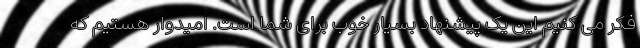
فکر می کنیم این یک پیشنهاد بسیار خوب برای شما است. امیدوار هستیم که